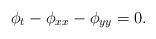
LaTeX: \begin{align*}\phi_t-\phi_{xx}-\phi_{yy}=0.\end{align*}